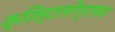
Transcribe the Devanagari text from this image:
क्रिस्टलोग्राफर